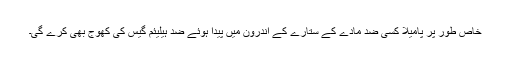
خاص طور پر پامیلا کسی ضد مادّے کے ستارے کے اندرون میں پیدا ہوئے ضد ہیلیئم گیس کی کھوج بھی کرے گی۔